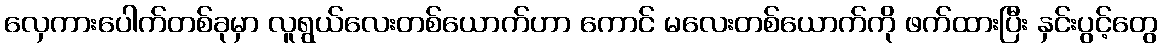
လှေကားပေါက်တစ်ခုမှာ လူရွယ်လေးတစ်ယောက်ဟာ ကောင် မလေးတစ်ယောက်ကို ဖက်ထားပြီး နှင်းပွင့်တွေ